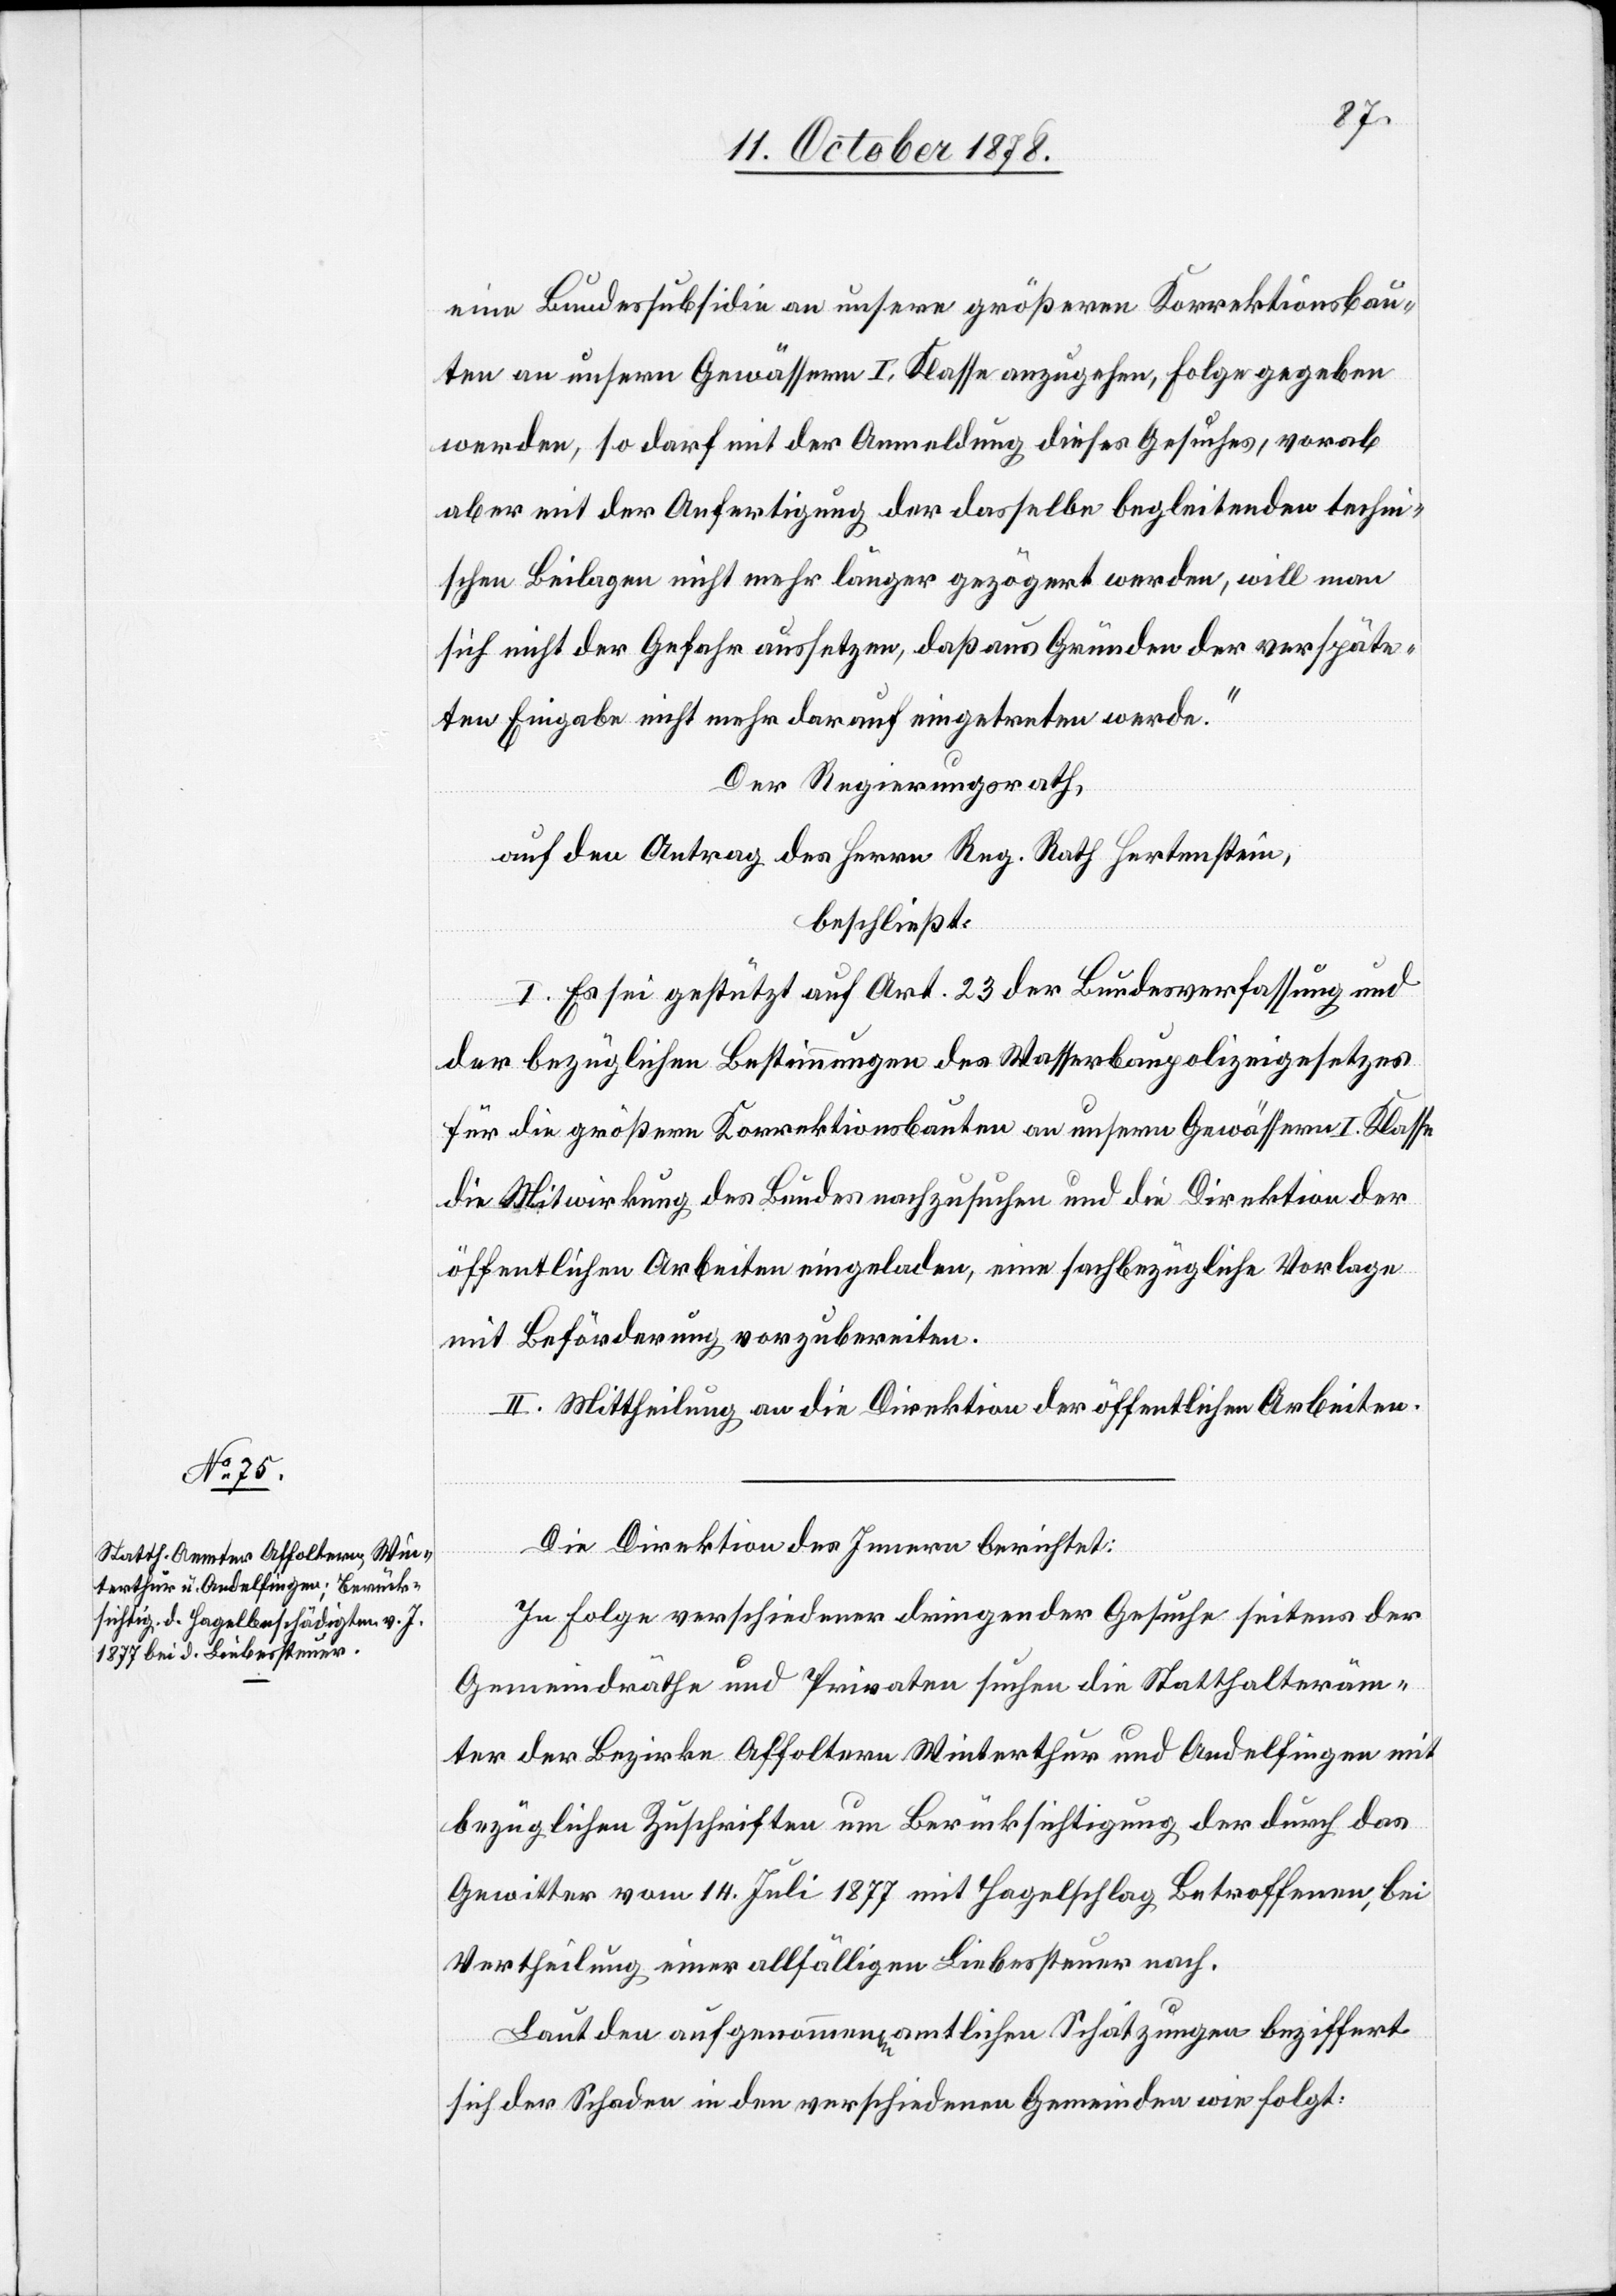
eine Bundessubsidie an unsere größeren Korrektionsbau¬
ten an unsern Gewässern I. Klasse anzugehen, Folge gegeben
werden, so darf mit der Anmeldung dieses Gesuches, vorab
aber mit der Anfertigung der dasselbe begleitenden techni¬
schen Beilagen nicht mehr länger gezögert werde, will man
sich nicht der Gefahr aussetzen, daß aus Gründen der verspäte¬
ten Eingabe nicht mehr darauf eingetreten werde.“
Der Regierungsrath,
auf den Antrag des Herrn Reg. Rath Hertenstein,
beschließt:
I. Es sei gestützt auf Art. 23 der Bundesverfassung und
der bezüglichen Bestimmungen des Wasserbaupolizeigesetzes
für die größern Korrektionsbauten an unsern Gewässern I. Klasse
die Mitwirkung des Bundes nachzusuchen und die Direktion der
öffentlichen Arbeiten eingeladen, eine sachbezügliche Vorlage
mit Beförderung vorzubereiten.
II. Mittheilung an die Direktion der öffentlichen Arbeiten.
Die Direktion des Innern berichtet:
In Folge verschiedener dringender Gesuche seitens der
Gemeindräthe und Privaten suchen die Statthalteräm¬
ter der Bezirke Affoltern Winterthur und Andelfingen mit
bezüglichen Zuschriften um Berücksichtigung der durch das
Gewitter vom 14. Juli 1877 mit Hagelschlag Betroffenen, bei
Vertheilung einer allfälligen Liebessteuer nach.
Laut den aufgenommenen amtlichen Schätzungen beziffert
sich der Schaden in den verschiedenen Gemeinden wie folgt: